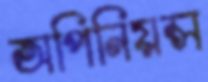
অপিনিয়ন্স